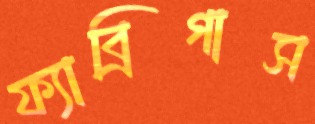
ফ্যাব্রিগাস